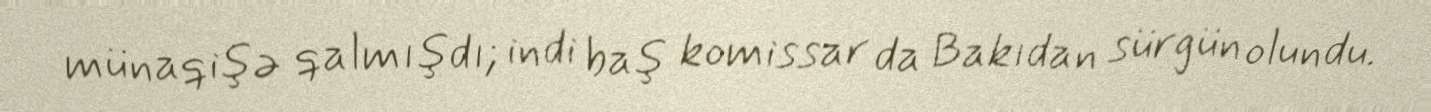
münaqişə qalmışdı; indi baş komissar da Bakıdan sürgün olundu.